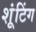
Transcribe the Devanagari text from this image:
शूंटिंग